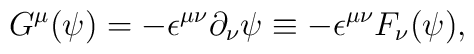
G^{\mu}(\psi)=-{\epsilon}^{{\mu}{\nu}}{\partial}_{\nu}{\psi}\equiv -{\epsilon}^{{\mu}{\nu}}F_{\nu}({\psi}),